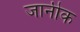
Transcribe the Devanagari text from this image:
जानीक